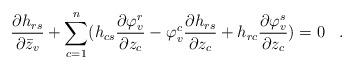
LaTeX: \begin{align*}\frac{\partial h_{rs}}{\partial \bar{z}_v}+\sum_{c=1}^n (h_{cs}\frac{\partial \varphi^{r}_v}{\partial z_c}-\varphi^c_v\frac{\partial h_{rs}}{\partial z_c}+h_{r c}\frac{\partial \varphi^{s}_v}{\partial z_c})=0\,\,\,\,\,.\end{align*}